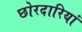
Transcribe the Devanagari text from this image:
छोरदारियां